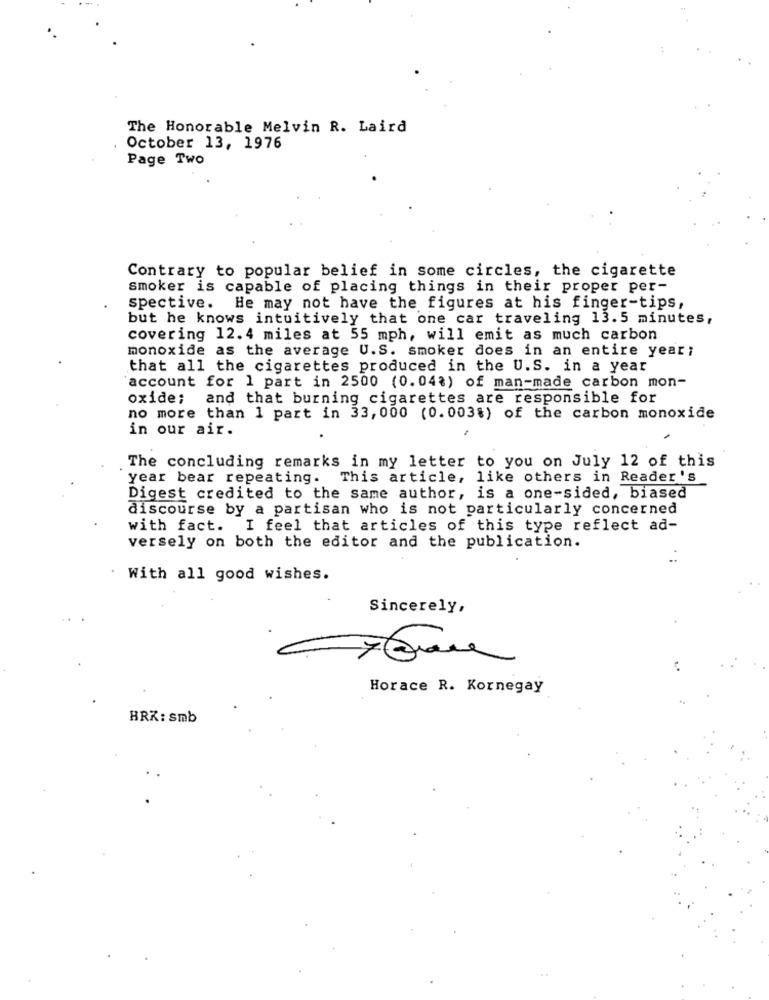
The Honorable Melvin R. Laird
October 13, 1976
Page Two
Contrary to popular belief in some circles, the cigarette
smoker is capable of placing things in their proper per-
spective. He may not have the figures at his finger-tips,
but he knows intuitively that one car traveling 13.5 minutes,
covering 12. 4 miles at 55 mph, will emit as much carbon
monoxide as the average U.S. smoker does in an entire year;
that all the cigarettes produced in the U.S. in a year
'account for 1 part in 2500 (0.04%) of man-made carbon mon-
oxide; and that burning cigarettes are responsible for
no more than 1 part in 33,000 (0.003%) of the carbon monoxide
in our air.
The concluding remarks in my letter to you on July 12 of this
year bear repeating. This article, like others in Reader's
Digest credited to the same author, is a one-sided, biased
discourse by a partisan who is not particularly concerned
with fact. I feel that articles of this type reflect ad-
versely on both the editor and the publication.
. With all good wishes.
Sincerely,
Horace R. Kornegay
BRK: smb
..